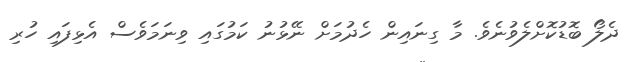
ދެލޯ ބޮޑުކޮށްލެވުނެވެ. މާ ގިނައިން ހެދުމަށް ނޭޅުނު ކަމުގައި ވިނަމަވެސް އެޅިފައި ހުރި